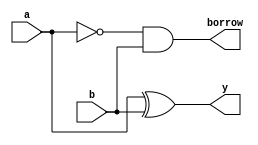
`timescale 1ns / 1ps

module half_substractor(a, b , y , borrow);
input a,b;
output y,borrow;
wire x;
xor(y,a,b);
and(borrow,x,b);
not(x,a);
endmodule    


//module half_substractor(a,b,y,borrow);
//input a,b;
//output y,borrow;
//reg y, borrow;
//always @(*)
 //   begin 
  //      y = a^b;
   //     borrow = (~a) & b;
    //end    
//endmodule